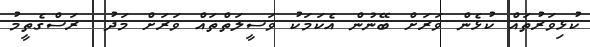
ކުޅިވަރުތައް ކުޅެން ވަރަށް ބޭނުން އެކަމަކު ވަސީލަތްތައް ވަރަށް މަދު  ރަސްގެތީމު